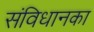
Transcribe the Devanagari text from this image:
संविधानका